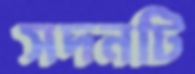
সদনটি